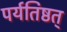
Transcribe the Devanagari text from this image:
पर्यतिष्ठत्